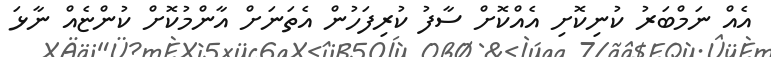
އެއް ނަމްބަރު ކުނިކޮށި އެއްކޮށް ސާފު ކުރިފަހުން އެތަނަށް އާންމުކޮށް ކުންޏެއް ނާޅަ